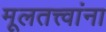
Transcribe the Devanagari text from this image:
मूलतत्त्वांना